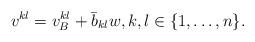
LaTeX: \begin{align*}v^{kl} = v^{kl}_B + \bar{b}_{kl} w,k,l\in\{1,\dots,n\}.\end{align*}